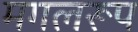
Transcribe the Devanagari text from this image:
मगलरूप